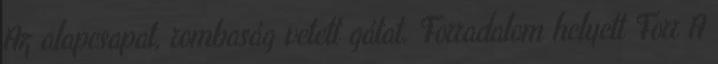
Az alapcsapat, rombaság vetett gátat. Forradalom helyett Forr A